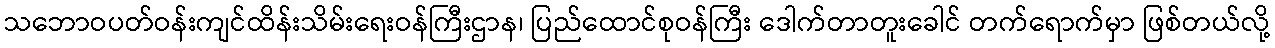
သဘောဝပတ်ဝန်းကျင်ထိန်းသိမ်းရေးဝန်ကြီးဌာန၊ ပြည်ထောင်စုဝန်ကြီး ဒေါက်တာတူးခေါင် တက်ရောက်မှာ ဖြစ်တယ်လို့